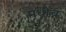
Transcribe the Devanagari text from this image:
मधीच